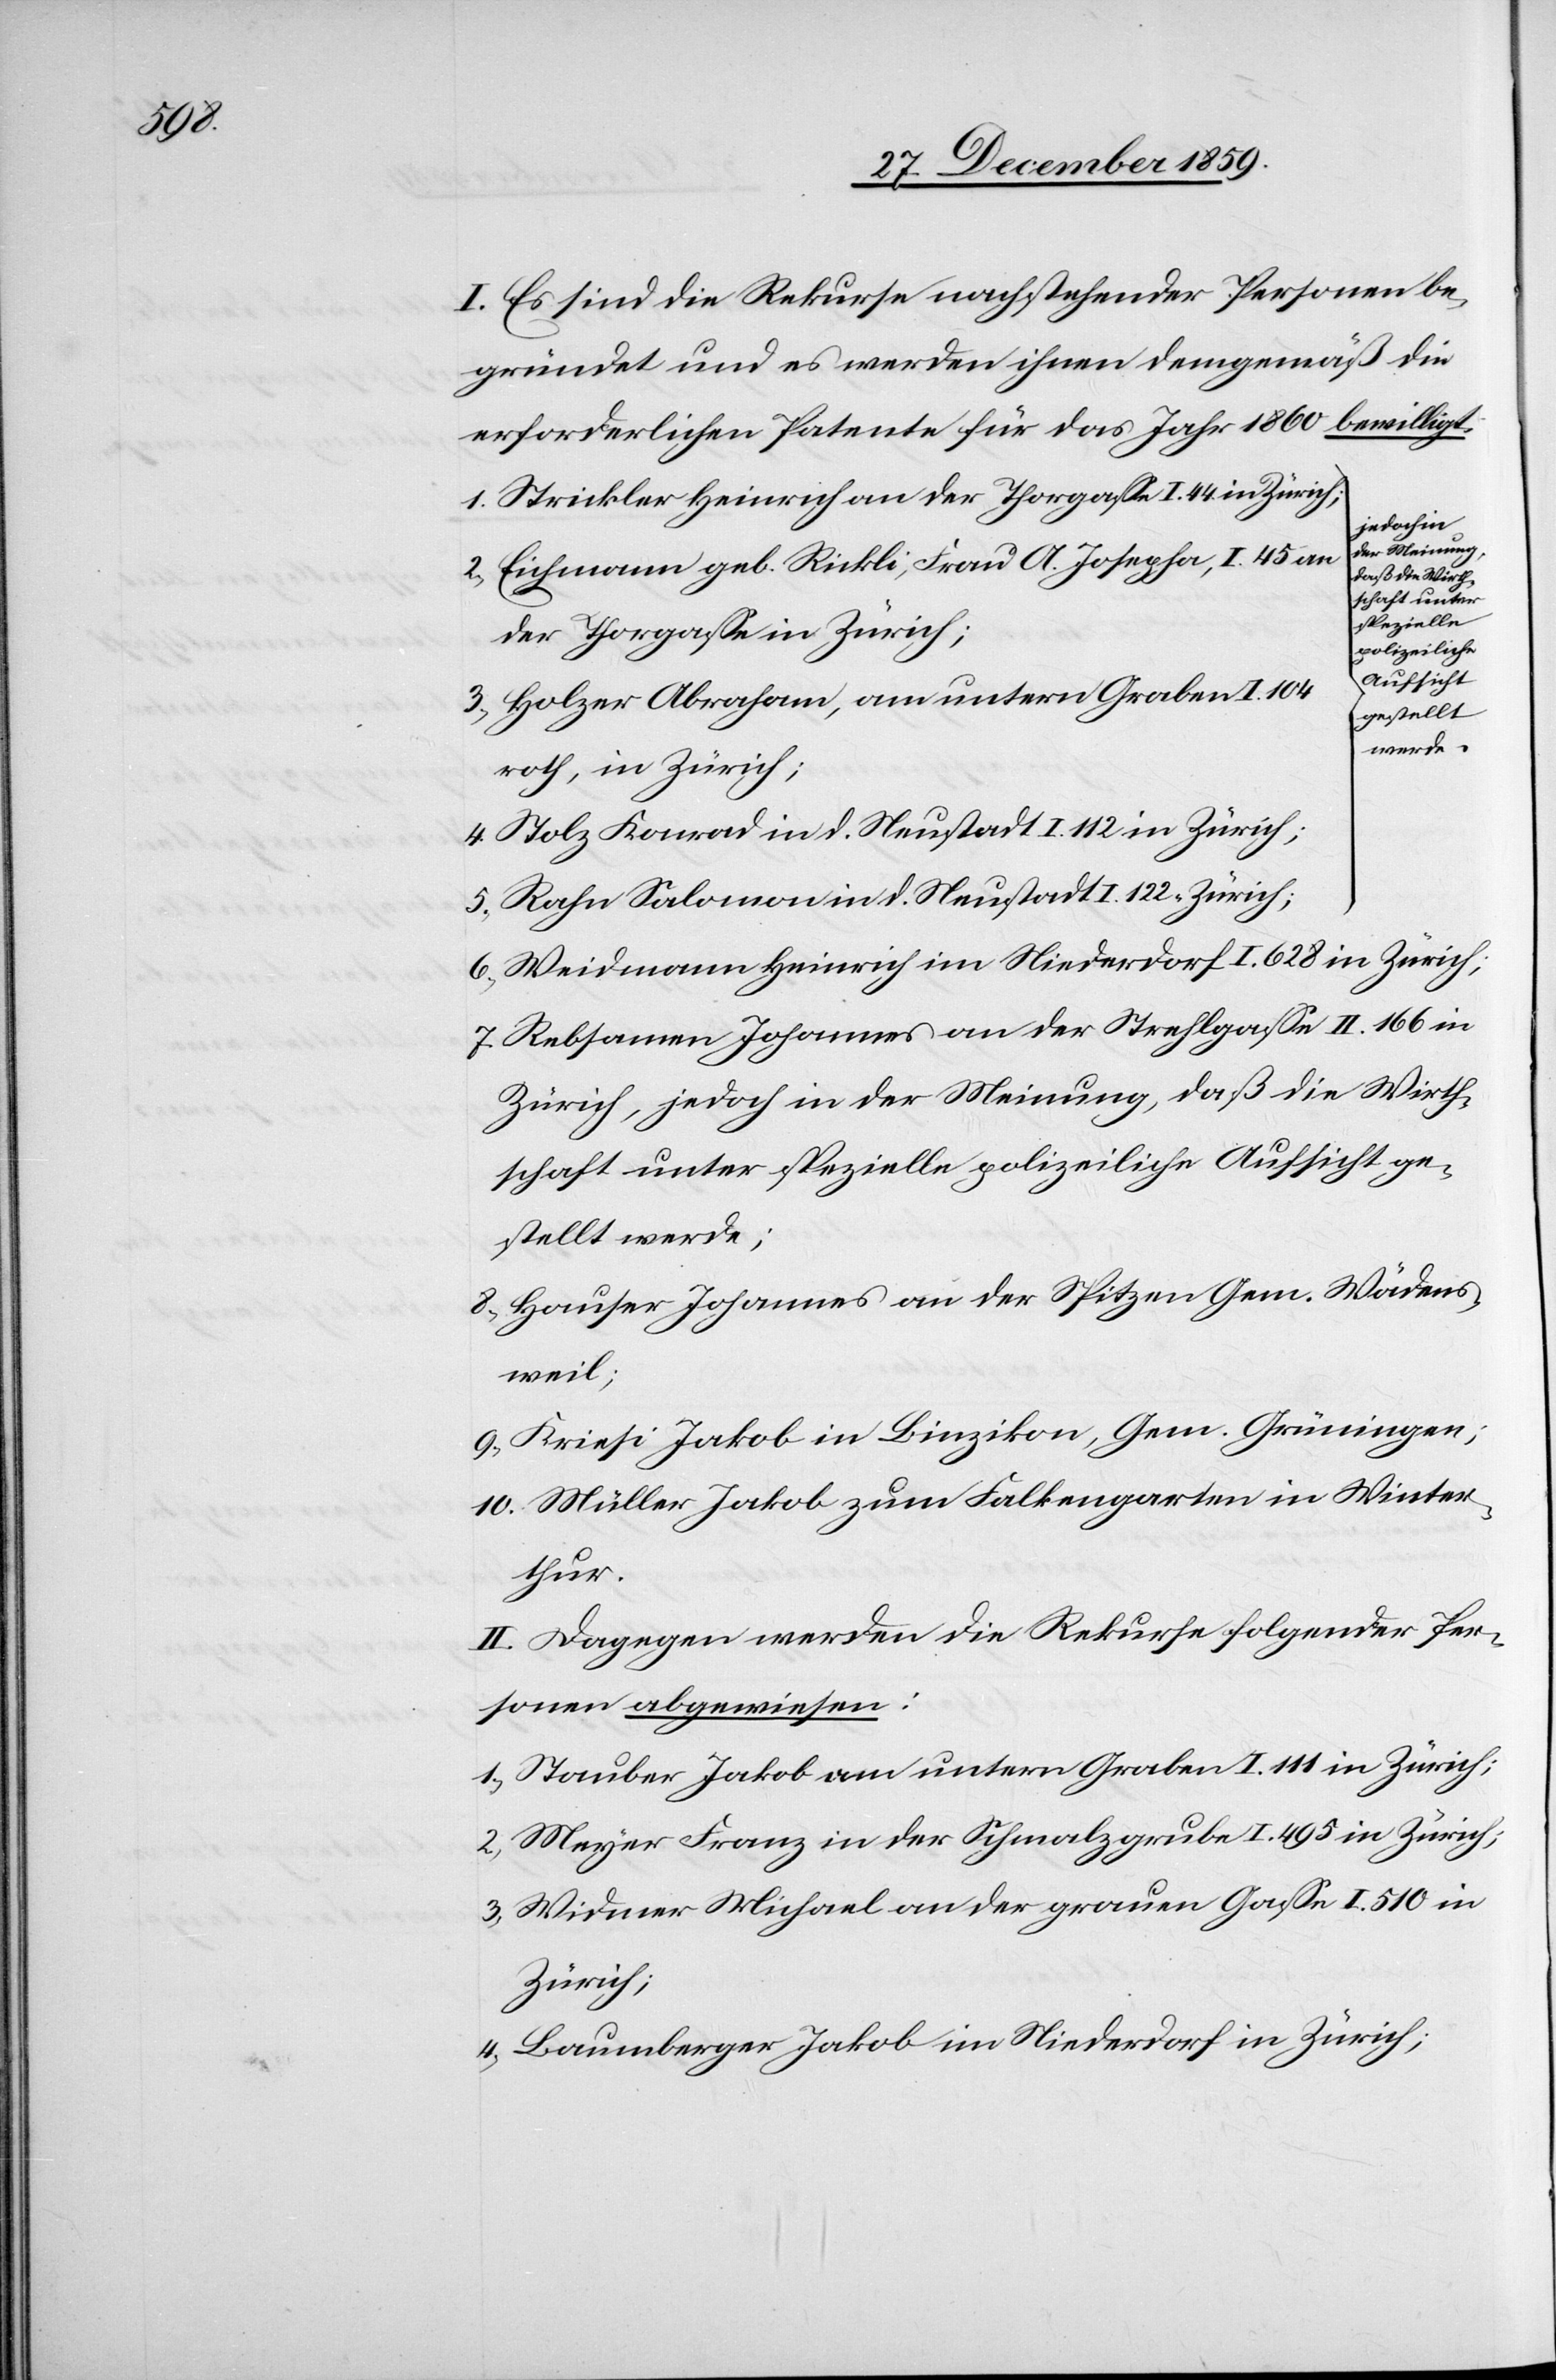
I. Es sind die Rekurse nachstehender Personen be¬
gründet und es werden ihnen demgemäß die
erforderlichen Patente für das Jahr 1860 bewilligt.
1.) Strickler Heinrich an der Thorgasse I. 44. in Zürich;
jedoch in
der Meinung,
2.) Eichmann geb. Rickli, Frau A. Josepha, I. 45 an
daß die Wirth¬
der Thorgasse in Zürich;
3.) Holzer Abraham, am untern Graben I. 104
roth, in Zürich;
4.) Stolz Konrad in d. Neustadt I. 112 in Zürich;
5.) Rahn Salomon in d. Neustadt I. 122 “ Zürich;
6.) Weidmann Heinrich im Niederdorf I. 628 in Zürich;
7.) Rebsamen Johannes an der Strehlgasse II. 166 in
Zürich, jedoch in der Meinung, daß die Wirth¬
schaft unter spezielle polizeiliche Aufsicht ge¬
stellt werde;
8.) Hauser Johannes an der Spitzen Gem. Wädens¬
weil;
9.) Kriesi Jakob in Binzikon, Gem. Grüningen;
10.) Müller Jakob zum Falkengarten in Winter¬
thur.
II. Dagegen wurden die Rekurse folgender Per¬
sonen abgewiesen:
1.) Stauber Jakob am untern Graben I. 111 in Zürich;
2.) Meyer Franz in der Schmalzgrube I. 495 in Zürich;
3.) Widmer Michael an der grauen Gasse I. 510 in
Zürich;
4.) Baumberger Jakob im Niederdorf in Zürich;